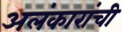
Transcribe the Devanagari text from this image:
अलंकारांची